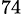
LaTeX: ^{74}